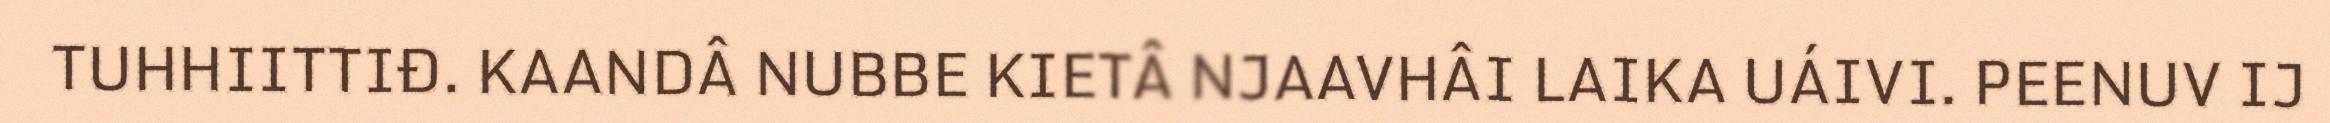
TUHHIITTIĐ. KAANDÂ NUBBE KIETÂ NJAAVHÂI LAIKA UÁIVI. PEENUV IJ